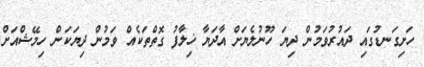
ހަށިގަނޑުގައި ދައުރުވަމުން ދިޔަ ހޫނުލެޔަށް އާދަޔާ ޚިލާފު ގޮތްތަކެއް ވަމުން ދިޔަކަން ހިމޭޝްއަށް